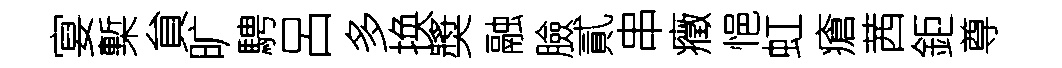
宴槧貟旷騁呂多换奬融臉貳串癥悒虹瘡茜鉅尊